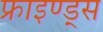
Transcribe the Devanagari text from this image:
फ्राइण्ड्स